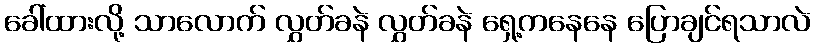
ခေါ်ထားလို့ သာလောက် လွှတ်ခနဲ လွှတ်ခနဲ ရှေ့ကနေနေ ပြောချင်ရသာလဲ